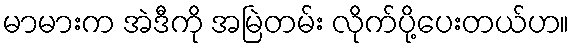
မာမားက အဲဒီကို အမြဲတမ်း လိုက်ပို့ပေးတယ်ဟ။